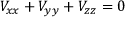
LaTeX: V _ { x x } + V _ { y y } + V _ { z z } = 0